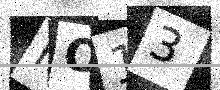
Text: FO13